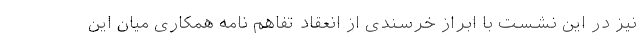
نیز در این نشست با ابراز خرسندی از انعقاد تفاهم نامه همکاری میان این